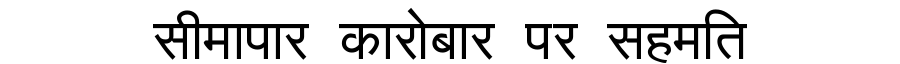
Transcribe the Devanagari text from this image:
सीमापार कारोबार पर सहमति